Indian journal of veterinary science and animal husbandry - Volume 4,
Year: 1934
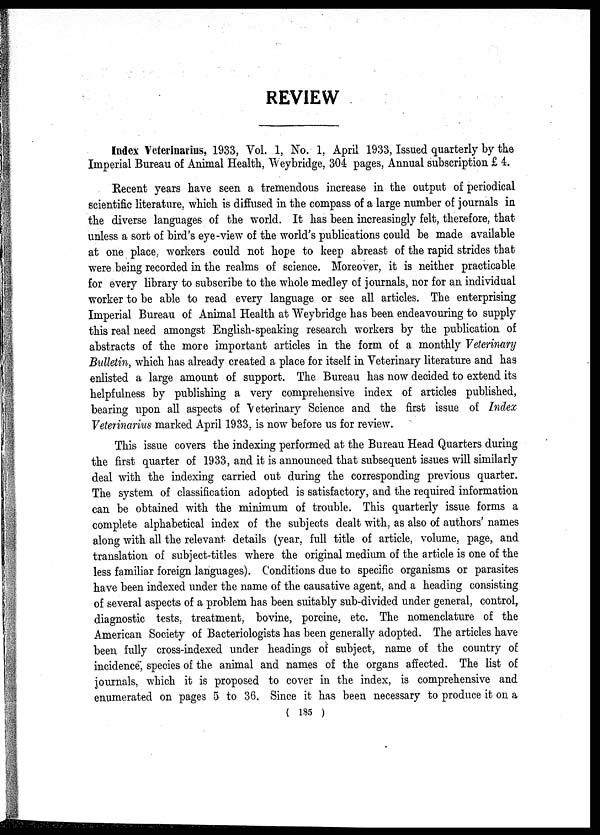
REVIEW
Index Veterinarius, 1933, Vol. 1, No. 1, April 1933, Issued quarterly by the
Imperial Bureau of Animal Health, Weybridge, 304 pages, Annual subscription £ 4.
Recent years have seen a tremendous increase in the output of periodical
scientific literature, which is diffused in the compass of a large number of journals in
the diverse languages of the world. It has been increasingly felt, therefore, that
unless a sort of bird's eye-view of the world's publications could be made available
at one place, workers could not hope to keep abreast of the rapid strides that
were being recorded in the realms of science. Moreover, it is neither practicable
for every library to subscribe to the whole medley of journals, nor for an individual
worker to be able to read every language or see all articles. The enterprising
Imperial Bureau of Animal Health at Weybridge has been endeavouring to supply
this real need amongst English-speaking research workers by the publication of
abstracts of the more important articles in the form of a monthly Veterinary
Bulletin, which has already created a place for itself in Veterinary literature and has
enlisted a large amount of support. The Bureau has now decided to extend its
helpfulness by publishing a very comprehensive index of articles published,
bearing upon all aspects of Veterinary Science and the first issue of Index
Veterinarius marked April 1933, is now before us for review.
This issue covers the indexing performed at the Bureau Head Quarters during
the first quarter of 1933, and it is announced that subsequent issues will similarly
deal with the indexing carried out during the corresponding previous quarter.
The system of classification adopted is satisfactory, and the required information
can be obtained with the minimum of trouble. This quarterly issue forms a
complete alphabetical index of the subjects dealt with, as also of authors' names
along with all the relevant details (year, full title of article, volume, page, and
translation of subject-titles where the original medium of the article is one of the
less familiar foreign languages). Conditions due to specific organisms or parasites
have been indexed under the name of the causative agent, and a heading consisting
of several aspects of a problem has been suitably sub-divided under general, control,
diagnostic tests, treatment, bovine, porcine, etc. The nomenclature of the
American Society of Bacteriologists has been generally adopted. The articles have
been fully cross-indexed under headings of subject, name of the country of
incidence, species of the animal and names of the organs affected. The list of
journals, which it is proposed to cover in the index, is comprehensive and
enumerated on pages 5 to 36. Since it has been necessary to produce it on a
( 185 )